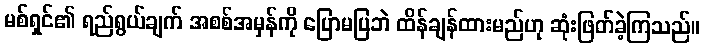
မစ်ရှင်၏ ရည်ရွယ်ချက် အစစ်အမှန်ကို ပြောမပြဘဲ ထိန်ချန်ထားမည်ဟု ဆုံးဖြတ်ခဲ့ကြသည်။